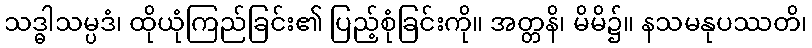
သဒ္ဓါသမ္ပဒံ၊ ထိုယုံကြည်ခြင်း၏ ပြည့်စုံခြင်းကို။ အတ္တနိ၊ မိမိ၌။ နသမနုပဿတိ၊